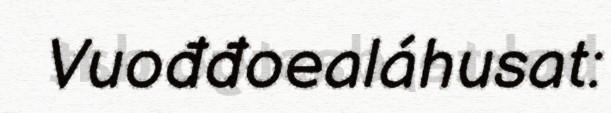
Vuođđoealáhusat: